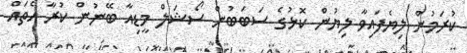
ކުރަމުން ލިޔެފައިވާ ލިޔުން ކޮޅުގެ ސަބަބުން ސޯޝަލް މީޑިއާ ބޭނުން ކުރާ އެތައް